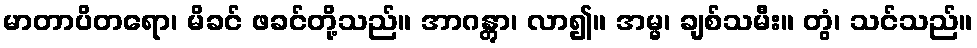
မာတာပိတရော၊ မိခင် ဖခင်တို့သည်။ အာဂန္တွာ၊ လာ၍။ အမ္မ၊ ချစ်သမီး။ တွံ၊ သင်သည်။